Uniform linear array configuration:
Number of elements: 64
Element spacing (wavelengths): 1
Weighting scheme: kaiser
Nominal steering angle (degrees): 15
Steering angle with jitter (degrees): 15.001
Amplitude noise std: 0.05
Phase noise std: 0.05

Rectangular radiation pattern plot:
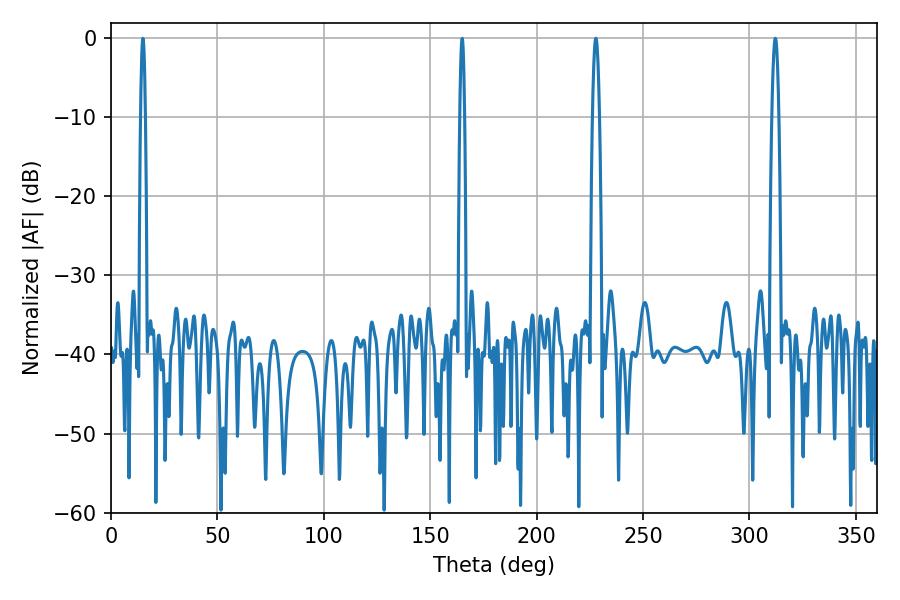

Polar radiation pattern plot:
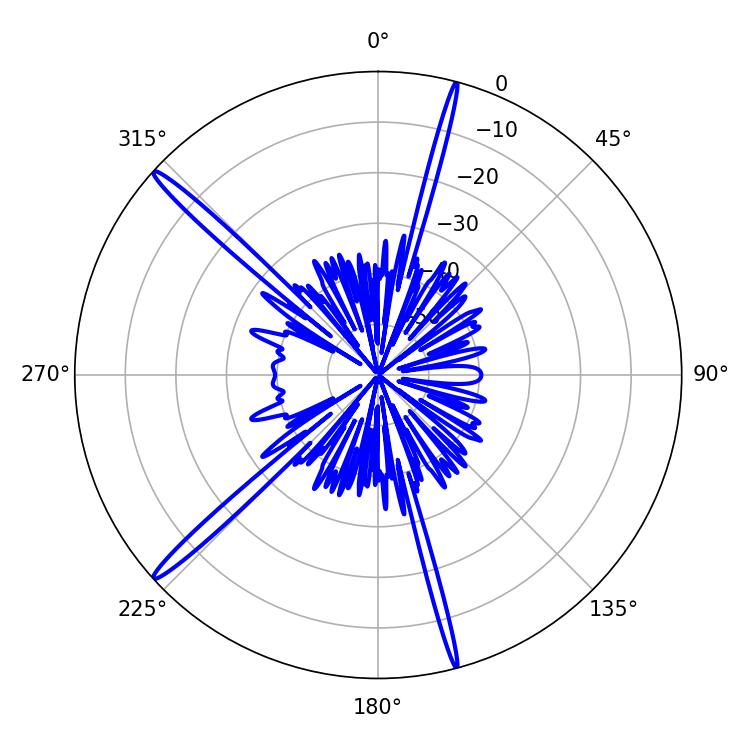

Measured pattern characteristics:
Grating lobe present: TRUE
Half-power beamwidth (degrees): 1.8
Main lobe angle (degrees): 312.12